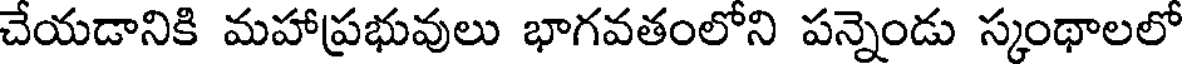
చేయడానికి మహాప్రభువులు భాగవతంలోని పన్నెండు స్కంథాలలో